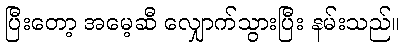
ပြီးတော့ အမေ့ဆီ လျှောက်သွားပြီး နမ်းသည်။